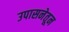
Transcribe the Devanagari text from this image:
उपासनेतून